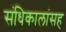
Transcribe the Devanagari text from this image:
संधिकालांसह